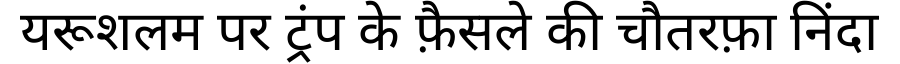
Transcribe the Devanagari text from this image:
यरूशलम पर ट्रंप के फ़ैसले की चौतरफ़ा निंदा